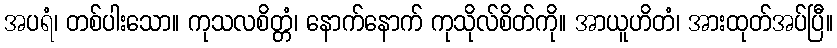
အပရံ၊ တစ်ပါးသော။ ကုသလစိတ္တံ၊ နောက်နောက် ကုသိုလ်စိတ်ကို။ အာယူဟိတံ၊ အားထုတ်အပ်ပြီ။